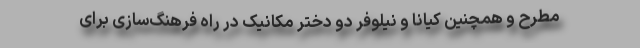
مطرح و همچنین کیانا و نیلوفر دو دختر مکانیک در راه فرهنگ‌سازی برای